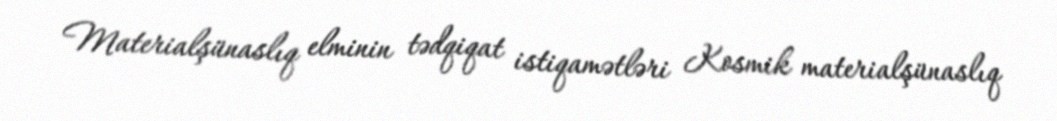
Materialşünaslıq elminin tədqiqat istiqamətləri Kosmik materialşünaslıq